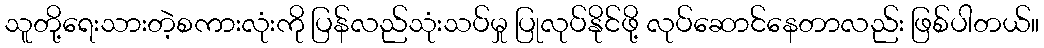
သူတို့ရေးသားတဲ့စကားလုံးကို ပြန်လည်သုံးသပ်မှု ပြုလုပ်နိုင်ဖို့ လုပ်ဆောင်နေတာလည်း ဖြစ်ပါတယ်။